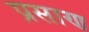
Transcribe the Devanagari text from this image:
प्रसाण